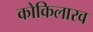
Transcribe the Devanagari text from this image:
कोकिलारव